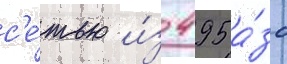
с'е́тью и́з 495 а́зс